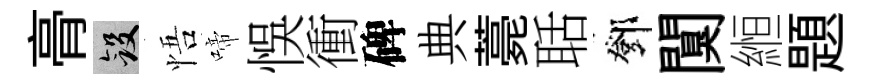
𮌔斂悟啼悞衝碑典薧聒鄧闃縆題